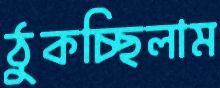
ঠুকচ্ছিলাম